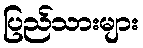
ပြည်သားများ